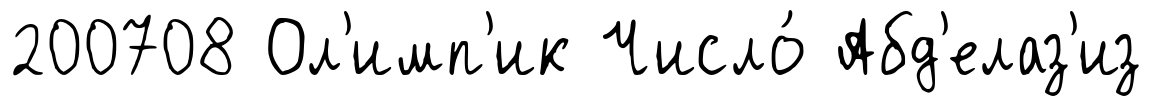
200708 Ол'имп'ик Число́ Абд'елаз'из